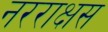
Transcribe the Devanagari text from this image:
नरराक्षस